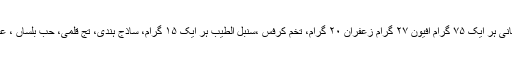
فلفل سفید، فلفل دراز،اجوائن خراسانی ہر ایک ۷۵ گرام افیون ۲۷ گرام زعفران ۲۰ گرام، تخم کرفس ،سنبل الطیب ہر ایک ۱۵ گرام، ساذج ہندی، تج قلمی، حب بلساں ، عاقر قرحا، فرفیون ہر ایک ۵ گرام۔